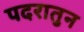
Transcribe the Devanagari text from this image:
पदरातुन